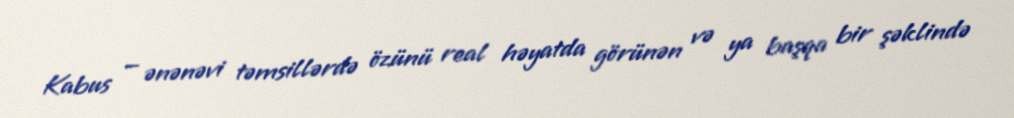
Kabus — ənənəvi təmsillərdə özünü real həyatda görünən və ya başqa bir şəklində